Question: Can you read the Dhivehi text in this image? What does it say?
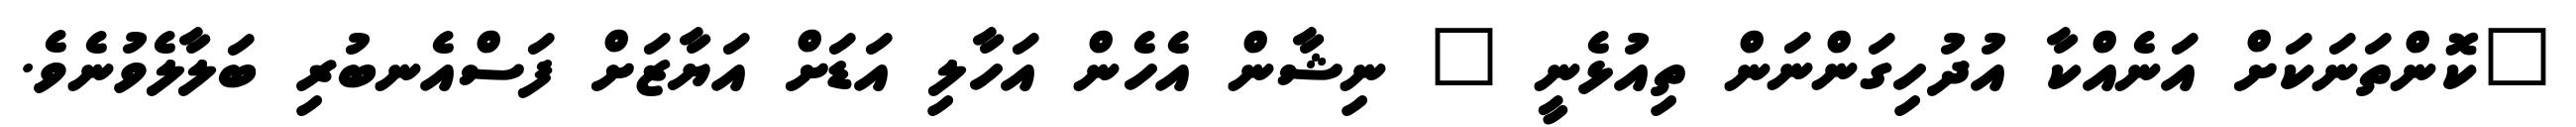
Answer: "ކޮންތަނަކަށް އަނެއްކާ އުދުހިގަންނަން ތިއުޅެނީ " ނިޝާން އެހެން އަހާލި އަޑަށް އަޔާޒަށް ފަސްއެނބުރި ބަލާލެވުނެވެ.